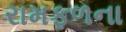
રામફળના